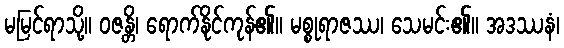
မမြင်ရာသို့။ ဝဇန္တိ၊ ရောက်နိုင်ကုန်၏။ မစ္စုရာဇဿ၊ သေမင်း၏။ အဒဿနံ၊